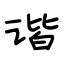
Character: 谐